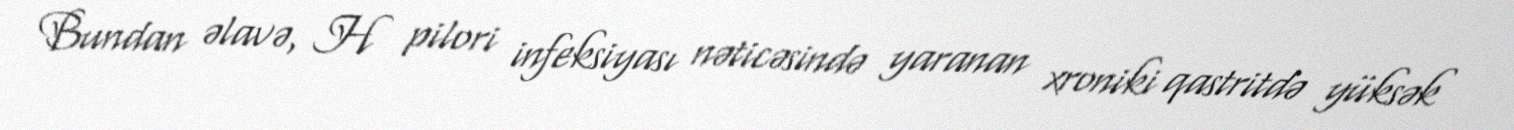
Bundan əlavə, H pilori infeksiyası nəticəsində yaranan xroniki qastritdə yüksək